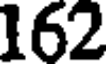
162